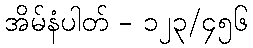
အိမ်နံပါတ် - ၁၂၃/၄၅၆